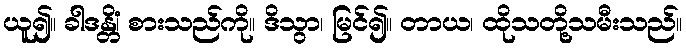
ယူ၍။ ခါဒန္တိံ၊ စားသည်ကို။ ဒိသွာ၊ မြင်၍။ တာယ၊ ထိုသတို့သမီးသည်။